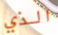
الذي